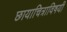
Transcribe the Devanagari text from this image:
छायाचित्राविषयी